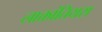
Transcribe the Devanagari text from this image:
लाक्तांतियस